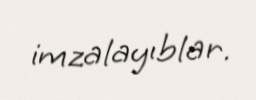
imzalayıblar.